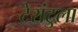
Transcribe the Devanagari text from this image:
टेरांटुला